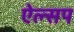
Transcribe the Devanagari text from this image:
ऐल्सप